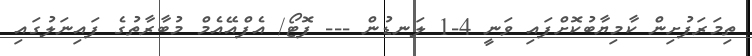
ތިމަރަފުށިން ކާމިޔާބުކޮށްފައި ވަނީ 4-1 ލަނޑުން --- ފޮޓޯ/ އެފްއޭއެމް މުބާރާތުގެ ފައިނަލުގައި